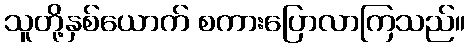
သူတို့နှစ်ယောက် စကားပြောလာကြသည်။